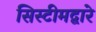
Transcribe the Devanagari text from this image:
सिस्टीमद्वारे